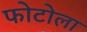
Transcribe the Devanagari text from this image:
फोटोला